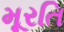
મૂરતિ